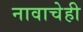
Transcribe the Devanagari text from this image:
नावाचेही